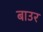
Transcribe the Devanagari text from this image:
बाउर